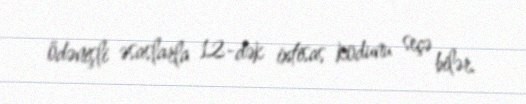
ödənişli əsaslarla 12-dək ixtisas kodunu seçə bilər.